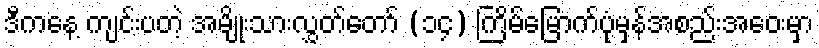
ဒီကနေ့ ကျင်းပတဲ့ အမျိုးသားလွှတ်တော် (၁၄) ကြိမ်မြောက်ပုံမှန်အစည်းအဝေးမှာ